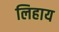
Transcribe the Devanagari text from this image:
लिहाय